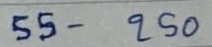
55 - 250